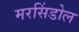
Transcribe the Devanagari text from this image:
मरसिंडोल